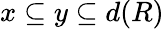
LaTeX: x\subseteq y\subseteq d(R)